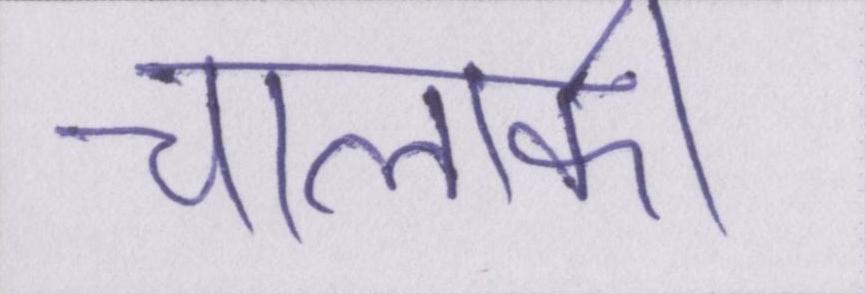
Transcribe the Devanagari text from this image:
चालाकी